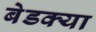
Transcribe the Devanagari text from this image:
बेडक्या